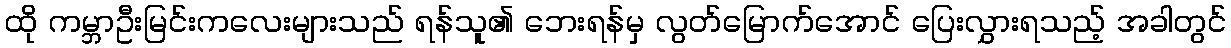
ထို ကမ္ဘာဦးမြင်းကလေးများသည် ရန်သူ၏ ဘေးရန်မှ လွတ်မြောက်အောင် ပြေးလွှားရသည့် အခါတွင်